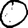
Digit: 0